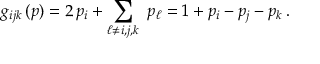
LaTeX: g _ { i j k } \, ( p ) = 2 \, p _ { i } + \sum _ { \ell \ne i , j , k } \ p _ { \ell } = 1 + p _ { i } - p _ { j } - p _ { k } \, .